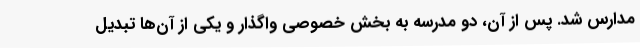
مدارس شد. پس از آن، دو مدرسه به بخش خصوصی واگذار و یکی از آن‌ها تبدیل